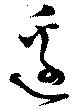
辺